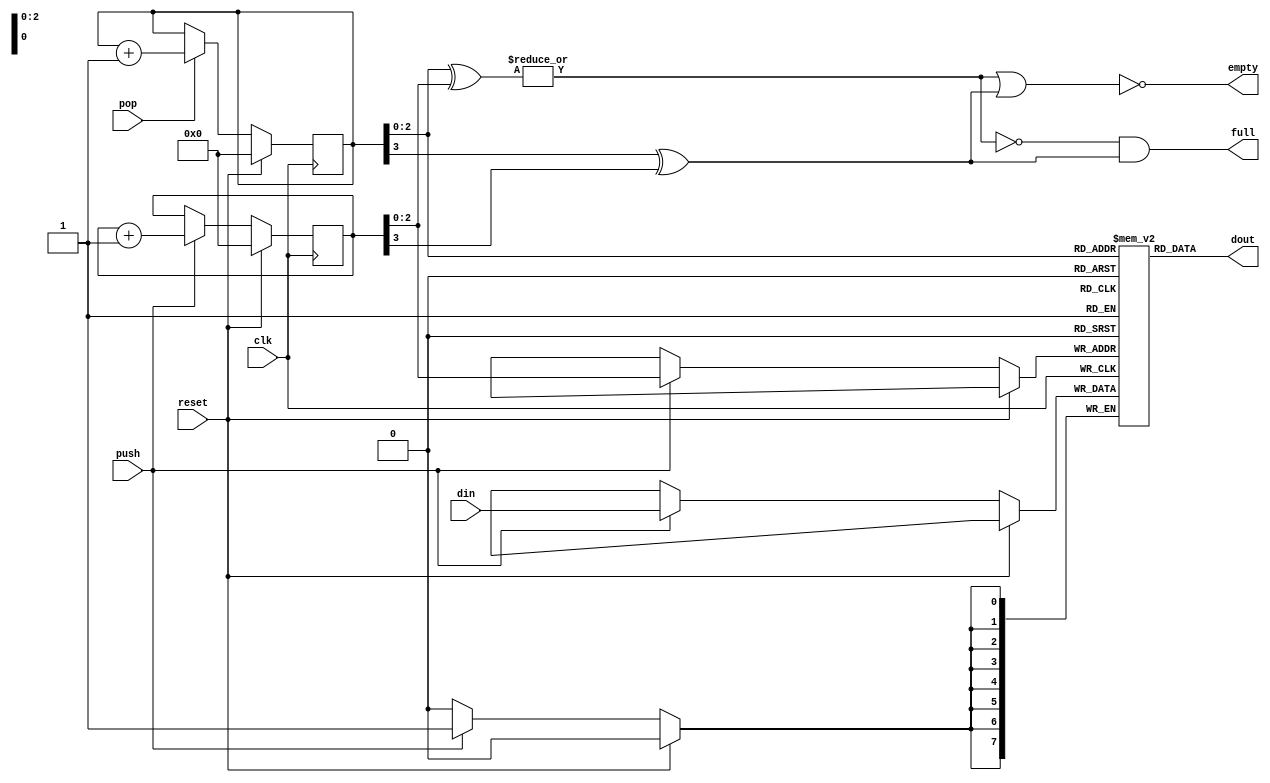
module fifo
	#(
		parameter BUS_WIDTH=8,
		parameter NUM_WORDS=8
	)
	(
		input wire clk,
		input wire reset,
		input wire push,
		input wire pop,
		output wire full,
		output wire empty,
		input wire[BUS_WIDTH-1:0] din, 
		output wire[BUS_WIDTH-1:0] dout
	);
	
	function integer clog2;
		input integer value;
		begin
			value = value - 1;
			for(clog2 = 0; value > 0; clog2 = clog2 + 1)
				value = value >> 1;
		end
	endfunction
		
	reg[clog2(NUM_WORDS):0] read_addr;
	reg[clog2(NUM_WORDS):0] write_addr;	//these have an extra bit so we can easily tell if the fifo is empty or full
	wire addr_comp;
	(* ramstyle = "logic" *) reg[BUS_WIDTH-1:0] queue_mem[NUM_WORDS-1:0];

	assign addr_comp = |(read_addr[clog2(NUM_WORDS)-1:0] ^ write_addr[clog2(NUM_WORDS)-1:0]);
	assign dout = queue_mem[read_addr[clog2(NUM_WORDS)-1:0]];
	assign empty = ~(addr_comp | (read_addr[clog2(NUM_WORDS)] ^ write_addr[clog2(NUM_WORDS)]));
	assign full = ~addr_comp & (read_addr[clog2(NUM_WORDS)] ^ write_addr[clog2(NUM_WORDS)]);

	always @(posedge clk)
	begin
		if(reset)
		begin
			read_addr <= {(clog2(NUM_WORDS)+1){1'b0}};
			write_addr <= {(clog2(NUM_WORDS)+1){1'b0}};
		end
		else
		begin
			if(push)
			begin
				write_addr <= write_addr + {{clog2(NUM_WORDS){1'b0}}, 1'b1};
				queue_mem[write_addr[clog2(NUM_WORDS)-1:0]] <= din;
			end
			if(pop)
			begin
				read_addr <= read_addr + {{clog2(NUM_WORDS){1'b0}}, 1'b1};
			end
		end
	end
endmodule	//fifo